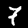
Label: 7